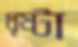
ধৃষ্টা